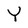
Character: Y